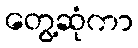
တွေ့ဆုံကာ